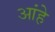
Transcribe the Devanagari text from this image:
आंहे